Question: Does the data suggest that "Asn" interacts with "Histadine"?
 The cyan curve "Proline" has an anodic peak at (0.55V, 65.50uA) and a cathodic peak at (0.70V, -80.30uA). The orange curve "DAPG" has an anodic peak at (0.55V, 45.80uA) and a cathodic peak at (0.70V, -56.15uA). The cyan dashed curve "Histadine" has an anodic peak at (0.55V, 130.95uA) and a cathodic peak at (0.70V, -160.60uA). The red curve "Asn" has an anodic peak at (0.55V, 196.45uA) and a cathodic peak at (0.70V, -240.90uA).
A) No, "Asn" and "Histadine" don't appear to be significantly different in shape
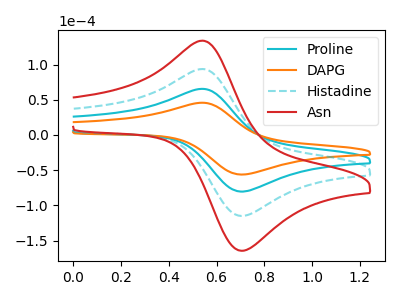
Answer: <think>All the peaks in "Asn" have a peak in "Histadine" at the same potential. Every peak in "Asn" is higher than every peak in "Histadine".
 </think>
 <answer>A) No, "Asn" and "Histadine" don't appear to be significantly different in shape</answer>
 <eval>A</eval>